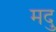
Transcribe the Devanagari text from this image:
मदु